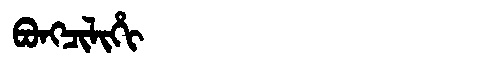
Manchu: ᠪᠣᠩᠴᡳᠯᡳᡥᡳ
Romanization: BONGCILIHI